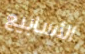
الأسابيع